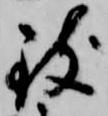
致